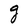
Character: g